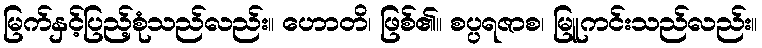
မြက်နှင့်ပြည့်စုံသည်လည်း။ ဟောတိ၊ ဖြစ်၏။ စပ္ပရဇာစ၊ မြူကင်းသည်လည်း။